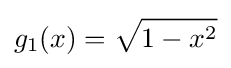
g_{1}(x)={\sqrt {1-x^{2}}}